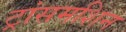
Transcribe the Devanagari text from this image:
ट्रांसमशिन